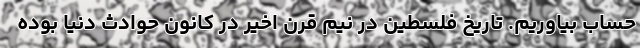
حساب بیاوریم. تاریخ فلسطین در نیم قرن اخیر در کانون حوادث دنیا بوده